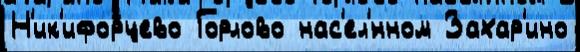
Н'ик'ифорцево Горлово нас'ел'́нном Захар'ино